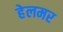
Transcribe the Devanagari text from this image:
हेलमर